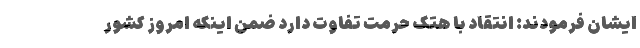
ایشان فرمودند: انتقاد با هتک حرمت تفاوت دارد ضمن اینکه امروز کشور